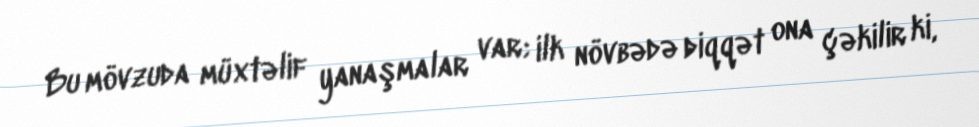
Bu mövzuda müxtəlif yanaşmalar var; ilk növbədə diqqət ona çəkilir ki,